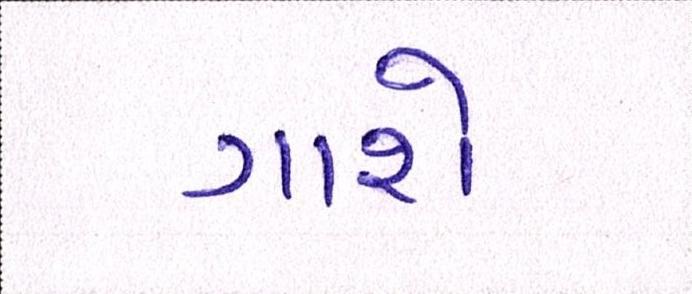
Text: ગાશે